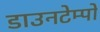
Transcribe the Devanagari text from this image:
डाउनटेम्पो